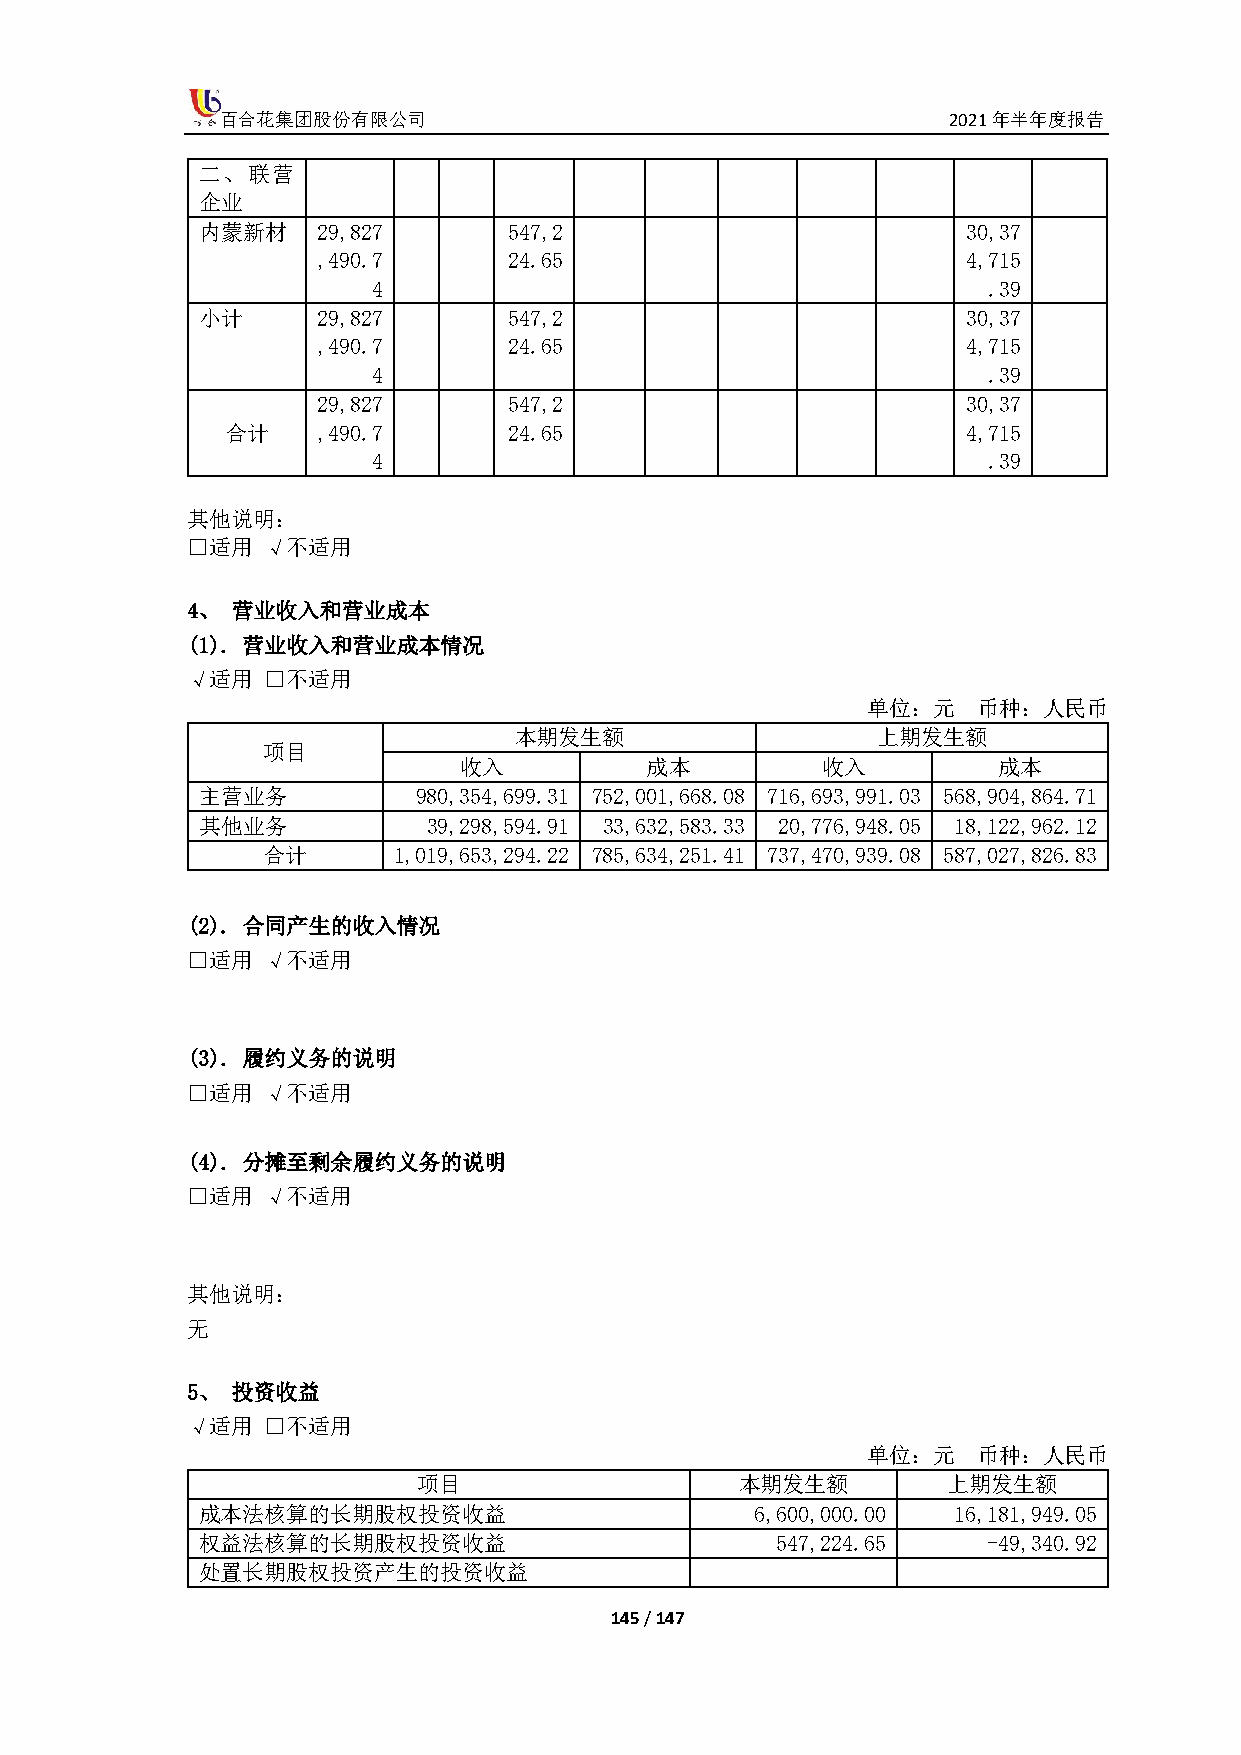
百合花集团股份有限公司                                     2021年半年度报告
 二、联营
 企业
 内蒙新材    29,827       547,2                         30,37
 ,490.7       24.65                         4,715
 4                                       .39
 小计      29,827       547,2                         30,37
 ,490.7       24.65                         4,715
 4                                       .39
 29,827       547,2                         30,37
 合计    ,490.7       24.65                         4,715
 4                                       .39
 其他说明：
 □适用  √不适用
 4、 营业收入和营业成本
 (1). 营业收入和营业成本情况
 √适用  □不适用
 单位：元    币种：人民币
 本期发生额                   上期发生额
 项目
 收入           成本         收入          成本
 主营业务           980,354,699.31 752,001,668.08 716,693,991.03 568,904,864.71
 其他业务           39,298,594.91 33,632,583.33 20,776,948.05 18,122,962.12
 合计       1,019,653,294.22 785,634,251.41 737,470,939.08 587,027,826.83
 (2). 合同产生的收入情况
 □适用  √不适用
 (3). 履约义务的说明
 □适用  √不适用
 (4). 分摊至剩余履约义务的说明
 □适用  √不适用
 其他说明：
 无
 5、 投资收益
 √适用  □不适用
 单位：元    币种：人民币
 项目                   本期发生额         上期发生额
 成本法核算的长期股权投资收益                       6,600,000.00 16,181,949.05
 权益法核算的长期股权投资收益                        547,224.65    -49,340.92
 处置长期股权投资产生的投资收益
 145 / 147